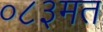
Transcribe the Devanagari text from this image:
०८३मत